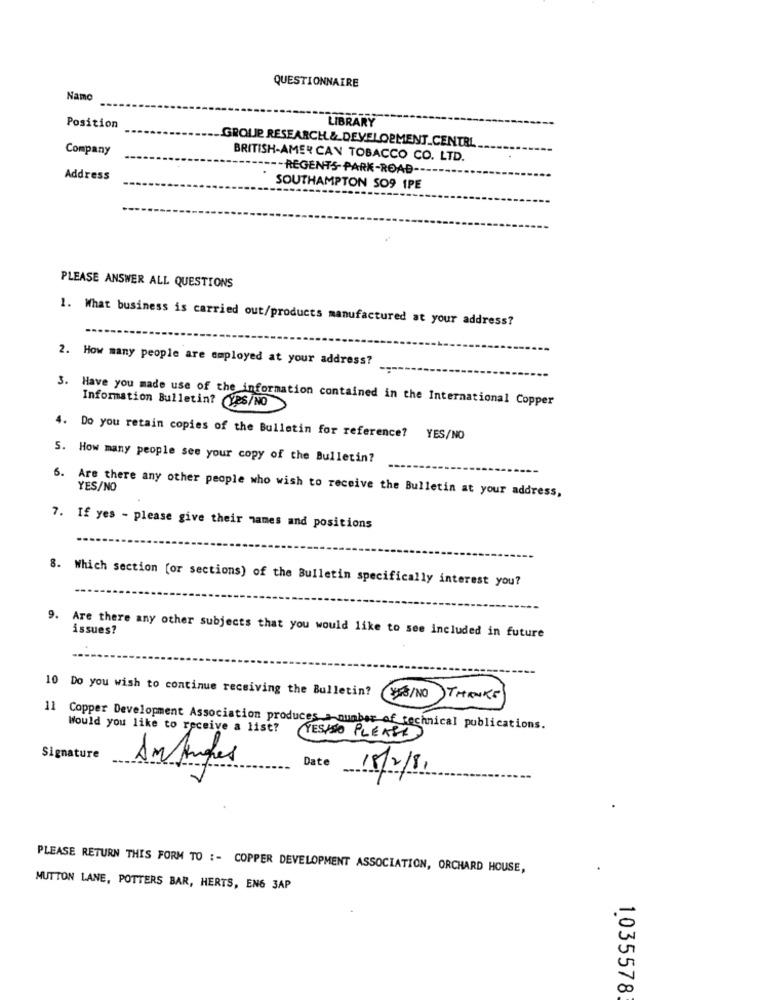
QUESTIONNAIRE
Namc
Position
LIBRARY
GROUP RESEARCH & DEVELOPMENT_CENTBL
Company
BRITISH-AMER CAN TOBACCO CO. LTD.
-- REGENTS PARK-ROAD ---
Address
SOUTHAMPTON SO9 1PE
PLEASE ANSWER ALL QUESTIONS
1. What business is carried out/products manufactured at your address?
2. How many people are employed at your address?
3. Have you made use of the information contained in the International Copper
Information Bulletin? (YES/NO
4. Do you retain copies of the Bulletin for reference? YES/NO
5. How many people see your copy of the Bulletin?
6. Are there any other people who wish to receive the Bulletin at your address,
YES/NO
7. If yes - please give their names and positions
8. Which section [or sections) of the Bulletin specifically interest you?
issues?
9. Are there any other subjects that you would like to see included in future
10 Do you wish to continue receiving the Bulletin?
HAB/NO)THANKS
11 Copper Development Association produces a number of technical publications.
Would you like to receive a list?
(TESHSO PLEASE)
Signature
Date
18/2/8
PLEASE RETURN THIS FORM TO :- COPPER DEVELOPMENT ASSOCIATION, ORCHARD HOUSE,
MUTTON LANE, POTTERS BAR, HERTS, EN6 3AP
1035578